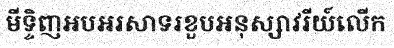
មីទ្ទិញអបអរសាទរខួបអនុស្សាវរីយ៍លើក